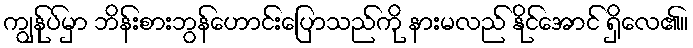
ကျွန်ုပ်မှာ ဘိန်းစားဘွန်ဟောင်းပြောသည်ကို နားမလည် နိုင်အောင် ရှိလေ၏။